Indian journal of veterinary science and animal husbandry - Volumes 24-25, 1954-1955
Year: 1954
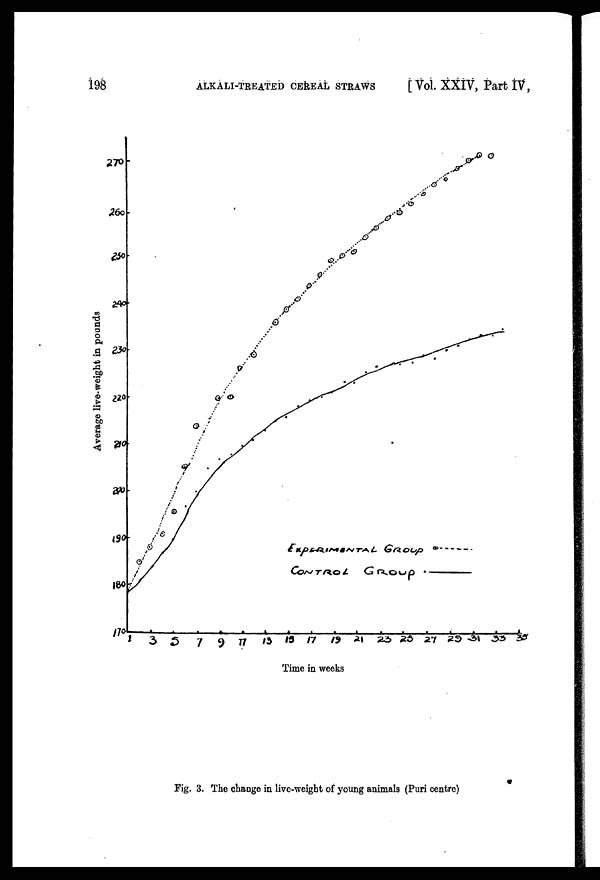
198
ALKALI-TREATED CEREAL STRAWS
[ Vol. XXIV, Part IV,
Fig. 3. The change in live-weight of young animals (Puri centre)